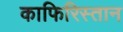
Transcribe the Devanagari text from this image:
काफिरिस्तान